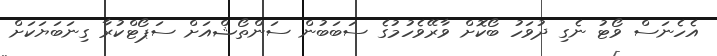
އެހެނަސް ވޯޓު ނެގި ދުވަހު ބޯކޮށް ވާރޭވެހުމުގެ ސަބަބުން ސަންތޯޝްއަށް ސަޕޯޓްކުރާ ގިނަބަޔަކަށް